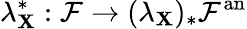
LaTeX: \lambda_{\mathbf{X}}^{*}:{\mathcal{{F}}}\rightarrow(\lambda_{\mathbf{X}})_{*}{\mathcal{{F}}}^{\mathrm{{an}}}